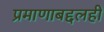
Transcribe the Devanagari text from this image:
प्रमाणाबद्दलही